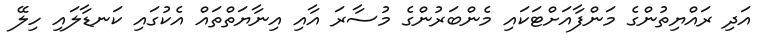
އަދި ރައްޔިތުންގެ މަންފާއަށްޓަކައި މެންބަރުންގެ މުސާރަ އާއި އިނާޔަތްތައް އެކުގައި ކަނޑާލައި ހިލޭ